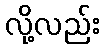
လို့လည်း